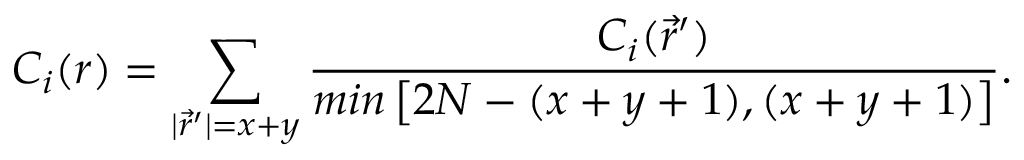
C _ { i } ( r ) = \sum _ { | \vec { r } ^ { \prime } | = x + y } \frac { C _ { i } ( \vec { r } ^ { \prime } ) } { m i n \left[ 2 N - ( x + y + 1 ) , ( x + y + 1 ) \right] } .